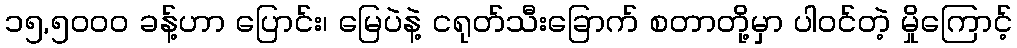
၁၅,၅၀၀၀ ခန့်ဟာ ပြောင်း၊ မြေပဲနဲ့ ငရုတ်သီးခြောက် စတာတို့မှာ ပါဝင်တဲ့ မှိုကြောင့်